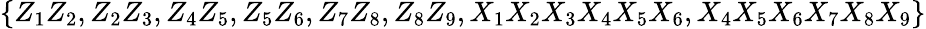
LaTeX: \{ Z_{1}Z_{2},Z_{2}Z_{3},Z_{4}Z_{5},Z_{5}Z_{6},Z_{7}Z_{8},Z_{8}Z_{9},X_{1}X_{2}X_{3}X_{4}X_{5}X_{6},X_{4}X_{5}X_{6}X_{7}X_{8}X_{9}\}